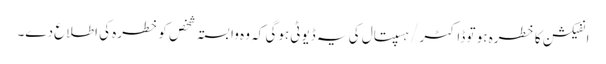
انفیکشن کا خطرہ ہو تو ڈاکٹر / ہسپتال کی یہ ڈیوٹی ہوگی کہ وہ وابستہ شخص کو خطرہ کی اطلاع دے۔